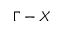
\Gamma - X